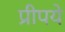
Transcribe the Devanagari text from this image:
प्रीपये